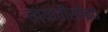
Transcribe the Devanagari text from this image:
ख्यातीसोबत